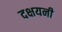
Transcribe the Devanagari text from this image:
दक्षयनी